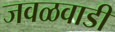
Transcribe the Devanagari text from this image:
जवळवाडी